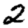
Digit: 2